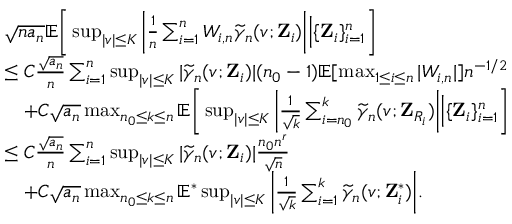
\begin{array} { r l } & { \sqrt { n a _ { n } } \mathbb { E } \bigg [ \operatorname* { s u p } _ { | v | \leq K } \bigg | \frac { 1 } { n } \sum _ { i = 1 } ^ { n } W _ { i , n } \widetilde { \gamma } _ { n } ( v ; \mathbf { Z } _ { i } ) \bigg | \Big \vert \{ \mathbf { Z } _ { i } \} _ { i = 1 } ^ { n } \bigg ] } \\ & { \leq C \frac { \sqrt { a _ { n } } } { n } \sum _ { i = 1 } ^ { n } \operatorname* { s u p } _ { | v | \leq K } | \widetilde { \gamma } _ { n } ( v ; \mathbf { Z } _ { i } ) | ( n _ { 0 } - 1 ) \mathbb { E } [ \operatorname* { m a x } _ { 1 \leq i \leq n } | W _ { i , n } | ] n ^ { - 1 / 2 } } \\ & { \quad + C \sqrt { a _ { n } } \operatorname* { m a x } _ { n _ { 0 } \leq k \leq n } \mathbb { E } \bigg [ \operatorname* { s u p } _ { | v | \leq K } \bigg | \frac { 1 } { \sqrt { k } } \sum _ { i = n _ { 0 } } ^ { k } \widetilde { \gamma } _ { n } ( v ; \mathbf { Z } _ { R _ { i } } ) \bigg | \Big \vert \{ \mathbf { Z } _ { i } \} _ { i = 1 } ^ { n } \bigg ] } \\ & { \leq C \frac { \sqrt { a _ { n } } } { n } \sum _ { i = 1 } ^ { n } \operatorname* { s u p } _ { | v | \leq K } | \widetilde { \gamma } _ { n } ( v ; \mathbf { Z } _ { i } ) | \frac { n _ { 0 } n ^ { \mathfrak { r } } } { \sqrt { n } } } \\ & { \quad + C \sqrt { a _ { n } } \operatorname* { m a x } _ { n _ { 0 } \leq k \leq n } \mathbb { E } ^ { * } \operatorname* { s u p } _ { | v | \leq K } \bigg | \frac { 1 } { \sqrt { k } } \sum _ { i = 1 } ^ { k } \widetilde { \gamma } _ { n } ( v ; \mathbf { Z } _ { i } ^ { * } ) \bigg | . } \end{array}